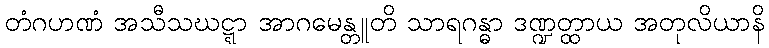
တံဂဟဏံ အသီသဃဋ္ဋာ အာဂမေန္တူတိ သာရဂန္ဓာ ဒဏ္ဍတ္ထာယ အတုလိယာနိ